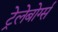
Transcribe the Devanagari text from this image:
ट्रेलेबोर्ग्स